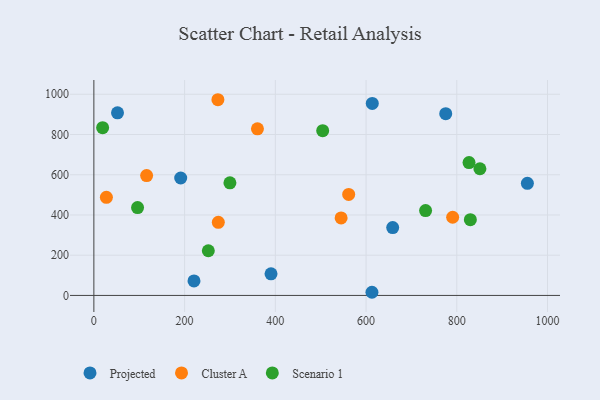
{"axis": {"x": "Study Hours", "y": "Rating"}, "legend": ["Cluster A", "Projected", "Scenario 1"], "data": [{"x": "613.0", "y": 15.7, "type": "Projected"}, {"x": "191.4", "y": 583.7, "type": "Projected"}, {"x": "52.1", "y": 907.7, "type": "Projected"}, {"x": "775.6", "y": 903.8, "type": "Projected"}, {"x": "390.5", "y": 107.3, "type": "Projected"}, {"x": "220.7", "y": 72.2, "type": "Projected"}, {"x": "613.7", "y": 954.4, "type": "Projected"}, {"x": "955.6", "y": 557.1, "type": "Projected"}, {"x": "658.7", "y": 337.5, "type": "Projected"}, {"x": "790.9", "y": 388.6, "type": "Cluster A"}, {"x": "27.6", "y": 487.6, "type": "Cluster A"}, {"x": "360.6", "y": 828.3, "type": "Cluster A"}, {"x": "274.3", "y": 363.4, "type": "Cluster A"}, {"x": "561.7", "y": 502.1, "type": "Cluster A"}, {"x": "545.0", "y": 385.5, "type": "Cluster A"}, {"x": "116.3", "y": 595.9, "type": "Cluster A"}, {"x": "273.4", "y": 972.9, "type": "Cluster A"}, {"x": "96.3", "y": 436.7, "type": "Scenario 1"}, {"x": "851.0", "y": 629.7, "type": "Scenario 1"}, {"x": "252.3", "y": 222.2, "type": "Scenario 1"}, {"x": "299.9", "y": 559.8, "type": "Scenario 1"}, {"x": "19.3", "y": 833.9, "type": "Scenario 1"}, {"x": "829.9", "y": 376.8, "type": "Scenario 1"}, {"x": "504.4", "y": 818.9, "type": "Scenario 1"}, {"x": "731.2", "y": 421.8, "type": "Scenario 1"}, {"x": "827.0", "y": 660.7, "type": "Scenario 1"}]}